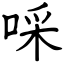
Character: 啋